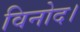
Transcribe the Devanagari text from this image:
विनोद।